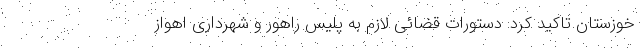
خوزستان تاکید کرد: دستورات قضائی لازم به پلیس راهور و شهرداری اهواز